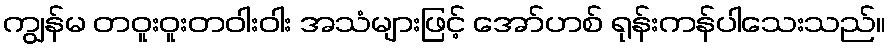
ကျွန်မ တဝူးဝူးတဝါးဝါး အသံများဖြင့် အော်ဟစ် ရုန်းကန်ပါသေးသည်။